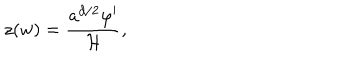
z ( w ) = \frac { a ^ { d / 2 } \varphi ^ { \prime } } { { \cal H } } ,